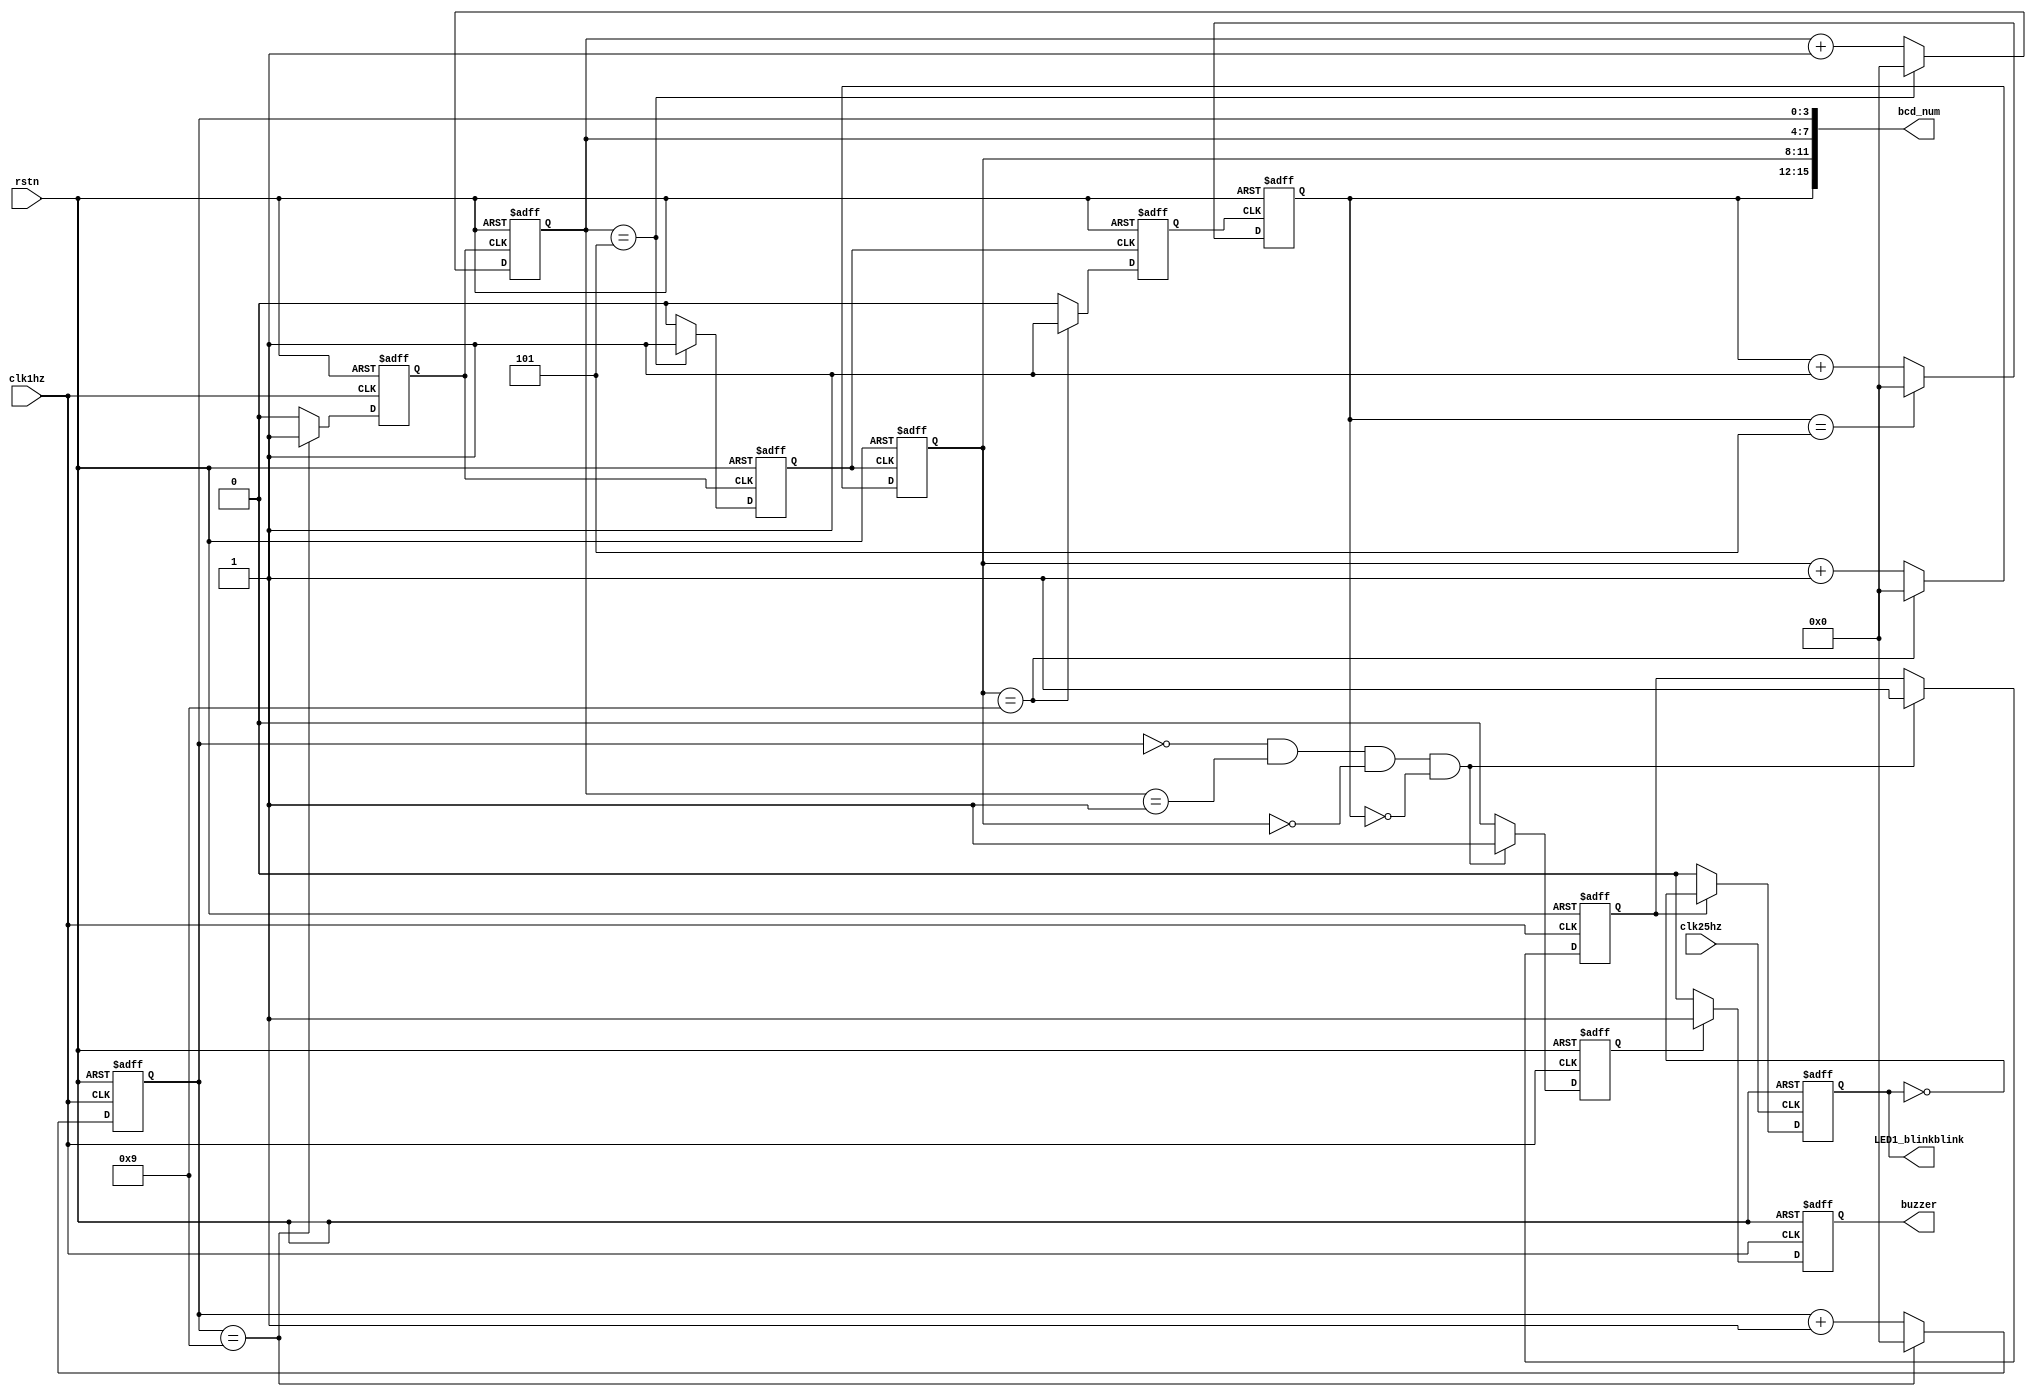
`timescale 1ns / 1ps
//////////////////////////////////////////////////////////////////////////////////
// Company: Singapore University Technology and Design
// Design Name: clock and alarm
// Module Name: num_addsub
//////////////////////////////////////////////////////////////////////////////////

module timer(
    input rstn,
    input clk1hz,
    input clk25hz,
    output  [15:0] bcd_num,
    output buzzer,
    output LED1_blinkblink
);

// Timer Section is composed with 4 BCD Number counter(Minute Decade,Minute Unit, Second Decade, Minute Unit);
reg [3:0] sec_unit_bcd_r,sec_deca_bcd_r,min_unit_bcd_r,min_deca_bcd_r; //Register - (Minute Decade,Minute Unit, Second Decade, Second Unit);
reg sec_unit_cout,sec_deca_cout,min_unit_cout; //Carry Out Signal, When 4 BCD Number counter reach upper limit, it will generate a cout signal;

//for buzzer and external LED
reg egg_done = 1'b0;
reg buzzer_1;
assign buzzer = buzzer_1;
reg LED1_on = 1'b0;
reg LED1_blinkblink_1;
assign LED1_blinkblink = LED1_blinkblink_1;

//Counter           Upper Limit
//Minute Decade     5
//Minute Unit       9
//Second Decade     5
//Second Unit       9

always @(posedge clk1hz or negedge rstn)begin
    if(!rstn)begin
        sec_unit_bcd_r <= 4'd0; //Clear BCD Number Counter;
        sec_unit_cout <= 1'b0;  //Clear Cout Signal;
    end
    else begin
        if(sec_unit_bcd_r == 4'h9)begin
            sec_unit_cout <= 1'b1;  //Cout generate a posedge;
            sec_unit_bcd_r <= 4'd0; //Clear BCD Number Counter;
            //egg_done <= 1'b1;
            //LED_on <= 1'b1;
        end
        else begin
            sec_unit_cout <= 1'b0;                      //Clear Cout Signal;
            sec_unit_bcd_r <= sec_unit_bcd_r + 1'b1; // BCD Number Counter increase by '1';
           // egg_done <= 1'b0;
            //LED_on <= 1'b0;
        end
    end
end

always @(posedge sec_unit_cout or negedge rstn)begin
    if(!rstn)begin
        sec_deca_bcd_r <= 4'd0;
        sec_deca_cout <= 1'b0;
    end
    else begin
        if(sec_deca_bcd_r == 4'h5)begin
            sec_deca_cout <= 1'b1;
            sec_deca_bcd_r <= 4'd0;
        end
        else begin
            sec_deca_cout <= 1'b0;
            sec_deca_bcd_r <= sec_deca_bcd_r + 1'b1;
        end
    end
end

always @(posedge sec_deca_cout or negedge rstn)begin
    if(!rstn)begin
        min_unit_bcd_r <= 4'd0;
        min_unit_cout <= 1'b0;
    end
    else begin
        if(min_unit_bcd_r == 4'h9)begin
            min_unit_cout <= 1'b1;
            min_unit_bcd_r <= 4'd0;
        end
        else begin
            min_unit_cout <= 1'b0;
            min_unit_bcd_r <= min_unit_bcd_r + 1'b1;
        end
    end
end

always @(posedge min_unit_cout or negedge rstn)begin
    if(!rstn)begin
        min_deca_bcd_r <= 4'd0;
    end
    else begin
        if(min_deca_bcd_r == 4'h5)begin 
            min_deca_bcd_r <= 4'd0;
        end
        else begin
            min_deca_bcd_r <= min_deca_bcd_r + 1'b1;
        end
    end
end

//condition for buzzer and LED
always @(posedge clk1hz or negedge rstn)begin
    if(!rstn)begin
        egg_done <= 1'b0;
        LED1_on <= 1'b0;
    end
    else begin
        if((sec_unit_bcd_r == 4'h0)&&(sec_deca_bcd_r == 4'h1)&&(min_unit_bcd_r == 4'h0)&&(min_deca_bcd_r == 4'h0))begin // for and condition use &&
           // sec_unit_cout <= 1'b1;  //Cout generate a posedge;
           // sec_unit_bcd_r <= 4'd0; //Clear BCD Number Counter;
            egg_done <= 1'b1;
            LED1_on <= 1'b1;
        end
        else begin
            //sec_unit_cout <= 1'b0;                      //Clear Cout Signal;
            //sec_unit_bcd_r <= sec_unit_bcd_r + 1'b1; // BCD Number Counter increase by '1';
            egg_done <= 1'b0;
            //LED1_on <= 1'b0;
        end
    end
end

//for buzzer
always @(negedge clk1hz or negedge rstn) begin
    if(!rstn) begin
        buzzer_1 <= 1'b0; //off state
    end
    else begin
        if (egg_done) begin
            buzzer_1 <= 1'b1; //on state
        end
        else begin
            buzzer_1 <= 1'b0;
        end
    end
end

//for external LED
always @(negedge clk25hz or negedge rstn) begin
    if(!rstn) begin
        LED1_blinkblink_1 <= 1'b0; //off state
    end
    else begin
        if (LED1_on) begin
            LED1_blinkblink_1 <= 1'b1; //on state
            LED1_blinkblink_1 <= ~LED1_blinkblink_1; //flip to off state
        end
        else begin
            LED1_blinkblink_1 <= 1'b0;
        end
    end
end     

   
//When DIG4 on, BCD Number Display at this moment is bcd_num[3:0];  (i.e Stop Watch - Second Unit)
//When DIG3 on, BCD Number Display at this moment is bcd_num[7:4];  (i.e Stop Watch - Second Decade)
//When DIG2 on, BCD Number Display at this moment is bcd_num[11:8]; (i.e Stop Watch - Minute Unit)
//When DIG1 on, BCD Number Display at this moment is bcd_num[15:12];(i.e Stop Watch - Minute Decade)
assign  bcd_num[15:12]  = min_deca_bcd_r;
assign  bcd_num[11:8]   = min_unit_bcd_r;
assign  bcd_num[7:4]    = sec_deca_bcd_r;
assign  bcd_num[3:0]    = sec_unit_bcd_r;
 
endmodule